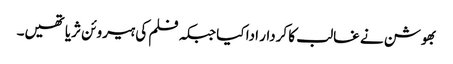
بھوشن نے غالب کا کردار ادا کیا جبکہ فلم کی ہیروئن ثریا تھیں۔